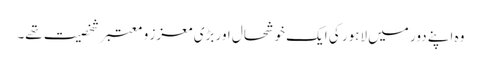
وہ اپنے دور میں لاہور کی ایک خوشحال اور بڑی معزز و معتبر شخصیت تھے۔